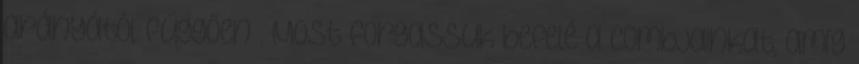
arányától függően . Most forgassuk befelé a combjainkat, amíg